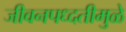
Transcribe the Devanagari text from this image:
जीवनपध्दतीमुळे